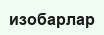
изобарлар